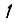
Digit: 1